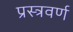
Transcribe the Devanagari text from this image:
प्रस्त्रवर्ण